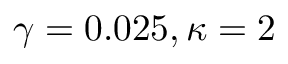
\gamma = 0 . 0 2 5 , \kappa = 2